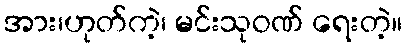
အား၊ဟုတ်ကဲ့၊ မင်းသုဝဏ် ရေးတဲ့။